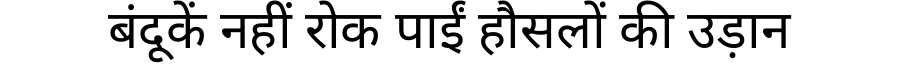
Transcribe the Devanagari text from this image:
बंदूकें नहीं रोक पाईं हौसलों की उड़ान